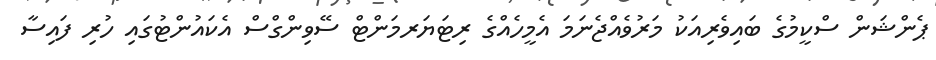
ޕެންޝަން ސްކީމުގެ ބައިވެރިއަކު މަރުވެއްޖެނަމަ އެމީހެއްގެ ރިޓަޔަރމަންޓް ސޭވިންގްސް އެކައުންޓުގައި ހުރި ފައިސާ